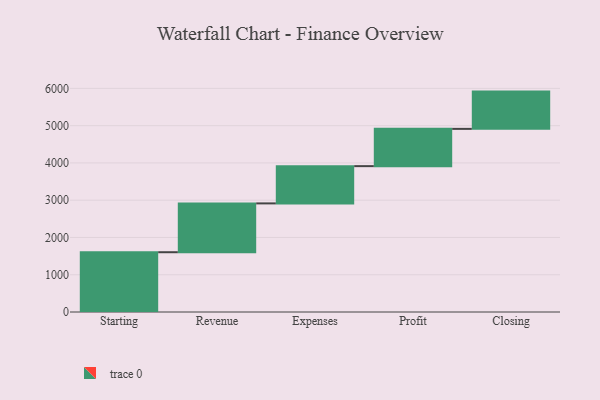
{"axis": {"x": "Step", "y": "Value"}, "legend": [""], "data": [{"x": "Starting", "y": 1604.0, "type": ""}, {"x": "Revenue", "y": 1310.0, "type": ""}, {"x": "Expenses", "y": 1000, "type": ""}, {"x": "Profit", "y": 1000, "type": ""}, {"x": "Closing", "y": 1000, "type": ""}]}